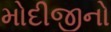
મોદીજીનો